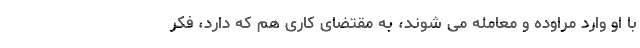
با او وارد مراوده و معامله می شوند، به مقتضای کاری هم که دارد، فکر